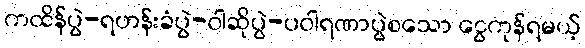
ကထိန်ပွဲ-ရဟန်းခံပွဲ-ဝါဆိုပွဲ-ပဝါရဏာပွဲစသော ငွေကုန်ရမယ့်